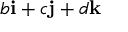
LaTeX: b \mathbf { i } + c \mathbf { j } + d \mathbf { k }